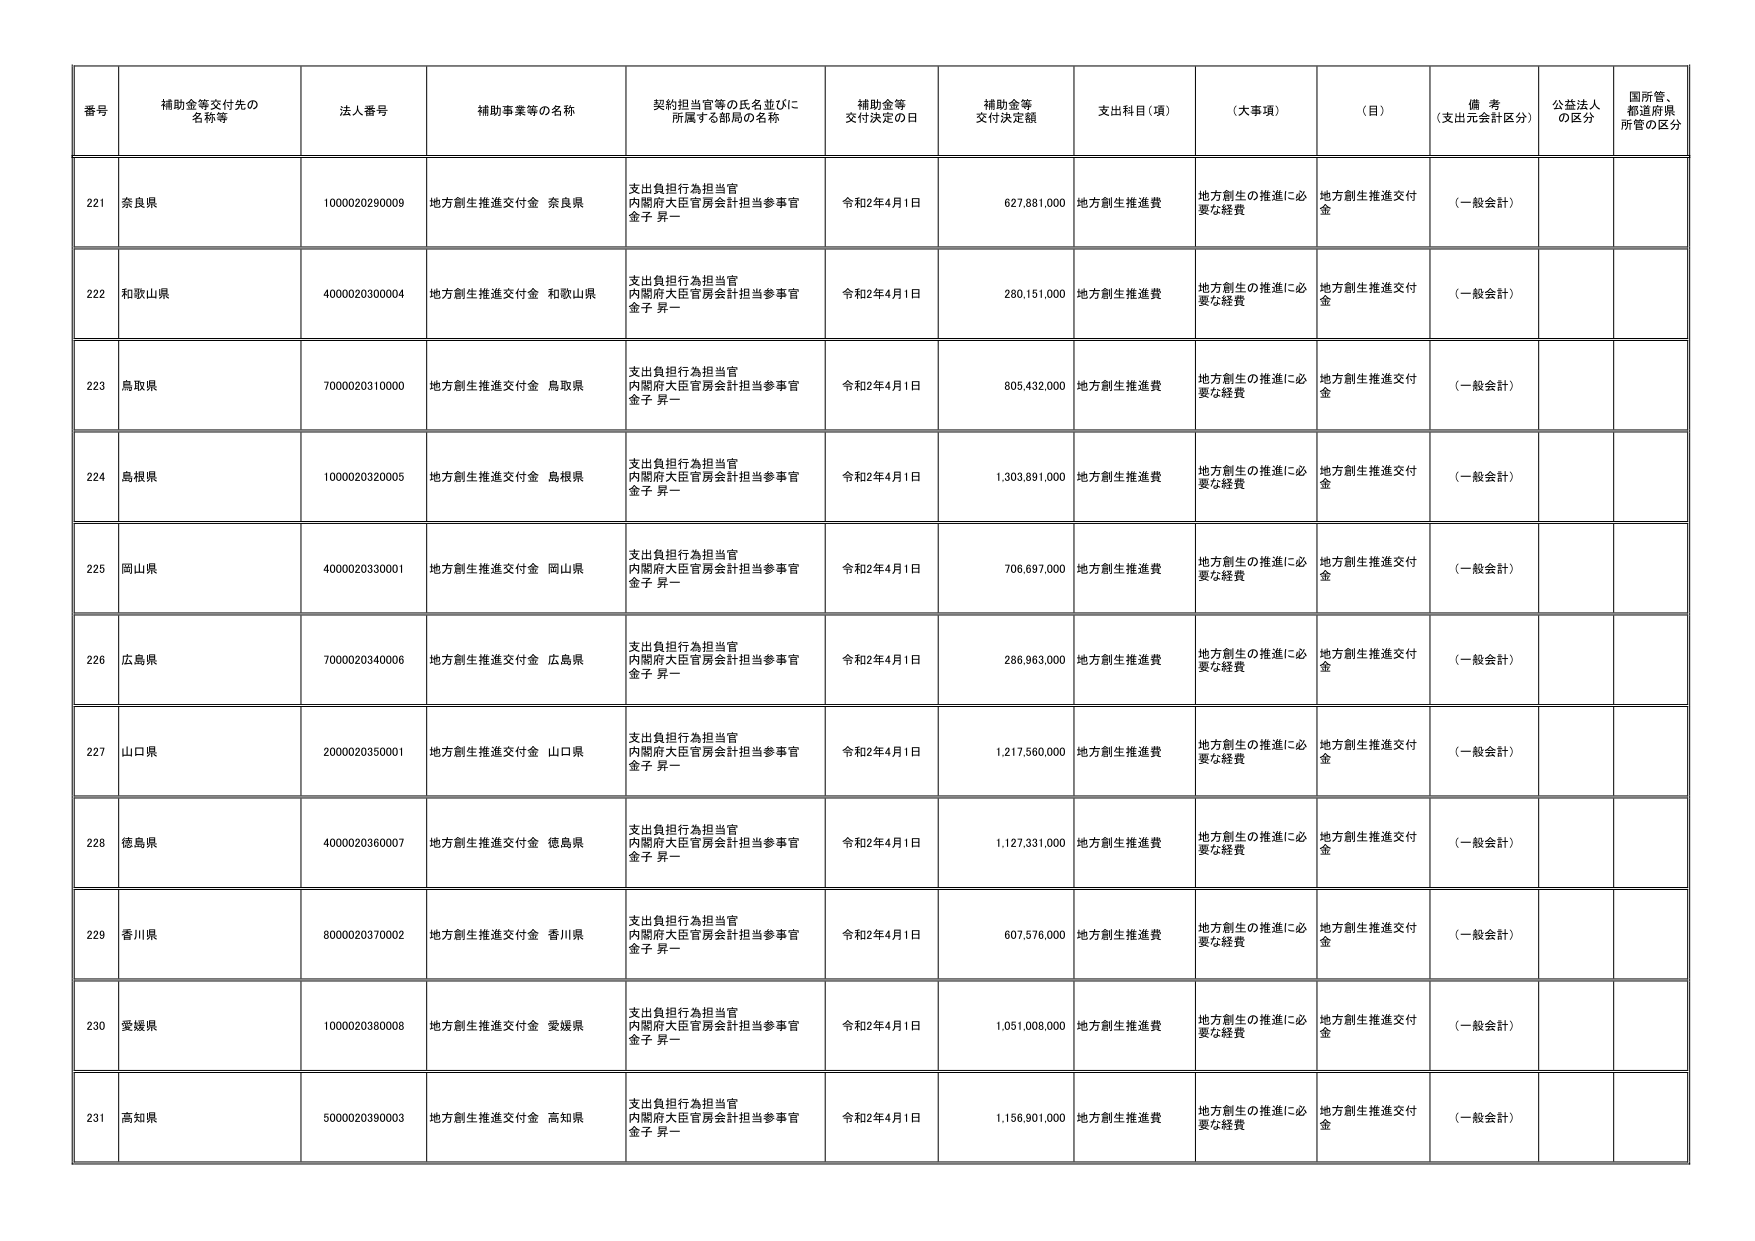
番号 補助金等交付先の名称等 法人番号 補助事業等の名称 契約担当官等の氏名並びに所属する部局の名称 補助金等交付決定の日 補助金等交付決定額 支出科目（項） （大事項） （目） 備考（支出元会計区分） 公益法人の区分 国所管、都道府県所管の区分
221 奈良県 1000020290009 地方創生推進交付金 奈良県 支出負担行為担当官 内閣府大臣官房会計担当参事官 金子 昇一 令和2年4月1日 627,881,000 地方創生推進費 地方創生の推進に必要な経費 地方創生推進交付金 （一般会計）
222 和歌山県 4000020300004 地方創生推進交付金 和歌山県 支出負担行為担当官 内閣府大臣官房会計担当参事官 金子 昇一 令和2年4月1日 280,151,000 地方創生推進費 地方創生の推進に必要な経費 地方創生推進交付金 （一般会計）
223 鳥取県 7000020310000 地方創生推進交付金 鳥取県 支出負担行為担当官 内閣府大臣官房会計担当参事官 金子 昇一 令和2年4月1日 605,432,000 地方創生推進費 地方創生の推進に必要な経費 地方創生推進交付金 （一般会計）
224 島根県 1000020320005 地方創生推進交付金 島根県 支出負担行為担当官 内閣府大臣官房会計担当参事官 金子 昇一 令和2年4月1日 1,303,891,000 地方創生推進費 地方創生の推進に必要な経費 地方創生推進交付金 （一般会計）
225 岡山県 4000020330001 地方創生推進交付金 岡山県 支出負担行為担当官 内閣府大臣官房会計担当参事官 金子 昇一 令和2年4月1日 706,697,000 地方創生推進費 地方創生の推進に必要な経費 地方創生推進交付金 （一般会計）
226 広島県 7000020340006 地方創生推進交付金 広島県 支出負担行為担当官 内閣府大臣官房会計担当参事官 金子 昇一 令和2年4月1日 286,963,000 地方創生推進費 地方創生の推進に必要な経費 地方創生推進交付金 （一般会計）
227 山口県 2000020350001 地方創生推進交付金 山口県 支出負担行為担当官 内閣府大臣官房会計担当参事官 金子 昇一 令和2年4月1日 1,217,560,000 地方創生推進費 地方創生の推進に必要な経費 地方創生推進交付金 （一般会計）
228 徳島県 4000020360007 地方創生推進交付金 徳島県 支出負担行為担当官 内閣府大臣官房会計担当参事官 金子 昇一 令和2年4月1日 1,127,331,000 地方創生推進費 地方創生の推進に必要な経費 地方創生推進交付金 （一般会計）
229 香川県 8000020370002 地方創生推進交付金 香川県 支出負担行為担当官 内閣府大臣官房会計担当参事官 金子 昇一 令和2年4月1日 607,576,000 地方創生推進費 地方創生の推進に必要な経費 地方創生推進交付金 （一般会計）
230 愛媛県 1000020380008 地方創生推進交付金 愛媛県 支出負担行為担当官 内閣府大臣官房会計担当参事官 金子 昇一 令和2年4月1日 1,051,008,000 地方創生推進費 地方創生の推進に必要な経費 地方創生推進交付金 （一般会計）
231 高知県 5000020390003 地方創生推進交付金 高知県 支出負担行為担当官 内閣府大臣官房会計担当参事官 金子 昇一 令和2年4月1日 1,156,901,000 地方創生推進費 地方創生の推進に必要な経費 地方創生推進交付金 （一般会計）